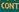
cont